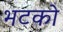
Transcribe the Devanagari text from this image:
भटको